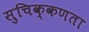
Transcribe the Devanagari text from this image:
सुचिक्कणता